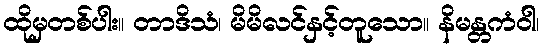
ထိုမှတစ်ပါး။ တာဒိသံ၊ မိမိလင်နှင့်တူသော။ နိမန္တကံဝါ၊